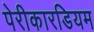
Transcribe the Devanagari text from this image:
पेरीकारडियम